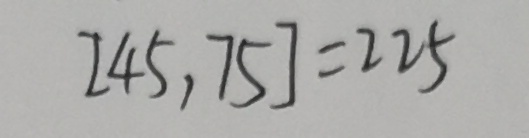
[ 4 5 , 7 5 ] = 2 2 5